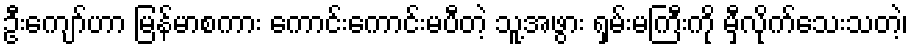
ဦးကျော်ဟာ မြန်မာစကား ကောင်းကောင်းမပီတဲ့ သူ့အဖွား ရှမ်းမကြီးကို မှီလိုက်သေးသတဲ့၊